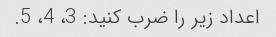
اعداد زیر را ضرب کنید: 3، 4، 5.